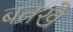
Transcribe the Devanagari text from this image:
बतखे